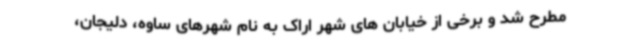
مطرح شد و برخی از خیابان های شهر اراک به نام شهرهای ساوه، دلیجان،